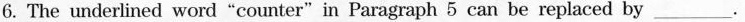
6. The underlined word"counter"in Paragraph 5 can be replaced by___.